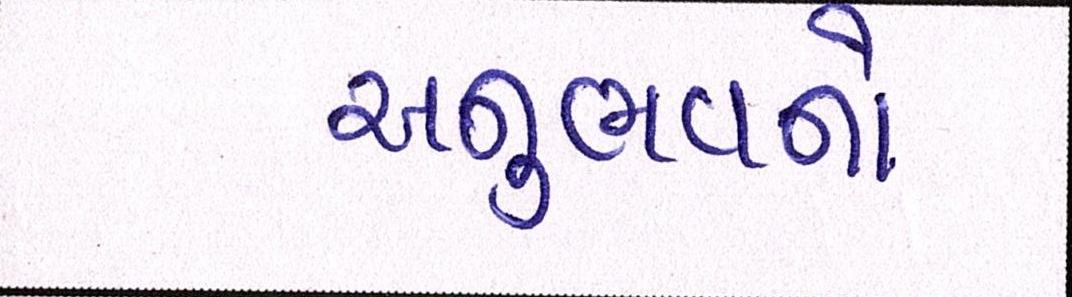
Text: અનુભવનો